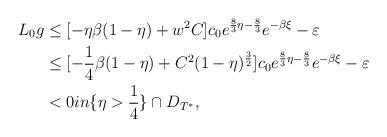
LaTeX: \begin{align*} L_0g&\leq [-\eta\beta(1-\eta)+w^2C]c_0e^{\frac{8}{3}\eta-\frac{8}{3} } e^{-\beta \xi}-\varepsilon \\&\leq [-\frac{1}{4}\beta(1-\eta)+C^2(1-\eta)^{\frac{3}{2}}]c_0e^{\frac{8}{3}\eta-\frac{8}{3} } e^{-\beta \xi}-\varepsilon\\&<0 in \{\eta> \frac{1}{4}\}\cap D_{T^*},\end{align*}